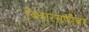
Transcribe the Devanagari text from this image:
विचारसणीवर